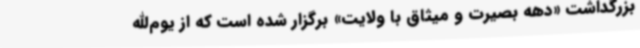
بزرگداشت «دهه بصیرت و میثاق با ولایت» برگزار شده است که از یوم‌الله